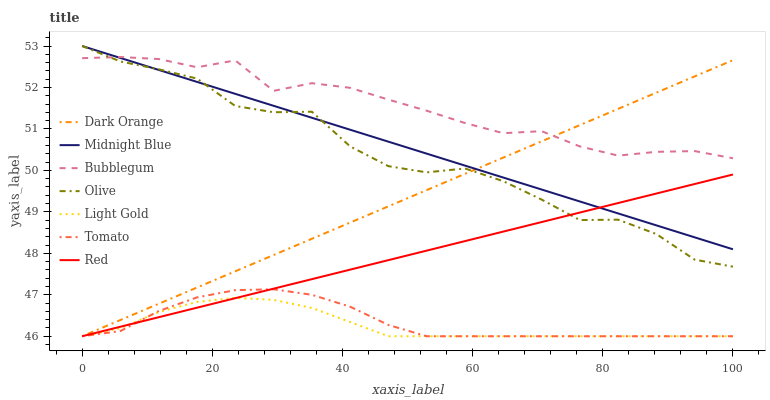
| xaxis_label | Dark Orange | Midnight Blue | Bubblegum | Olive | Light Gold | Tomato | Red |
 | --- | --- | --- | --- | --- | --- | --- | --- |
 | 0 | 46 | 53 | 52.7 | 53 | 46 | 46 | 46 |
 | 5.88 | 46.4 | 52.7 | 52.7 | 52.6 | 46.2 | 46.1 | 46.2 |
 | 11.8 | 46.8 | 52.4 | 52.7 | 52.4 | 46.6 | 46.6 | 46.5 |
 | 17.6 | 47.2 | 52.1 | 52.5 | 52.2 | 46.8 | 46.9 | 46.7 |
 | 23.5 | 47.6 | 51.8 | 52.7 | 51.6 | 46.9 | 47.1 | 46.9 |
 | 29.4 | 48 | 51.6 | 51.9 | 51.4 | 46.9 | 47.1 | 47.1 |
 | 35.3 | 48.4 | 51.3 | 52.1 | 51.4 | 46.7 | 47 | 47.4 |
 | 41.2 | 48.7 | 51 | 52 | 50.6 | 46.3 | 46.7 | 47.6 |
 | 47.1 | 49.1 | 50.7 | 51.7 | 50.1 | 46 | 46.3 | 47.8 |
 | 52.9 | 49.5 | 50.4 | 51.4 | 50 | 46 | 46 | 48.1 |
 | 58.8 | 49.9 | 50.1 | 51.1 | 50 | 46 | 46 | 48.3 |
 | 64.7 | 50.3 | 49.8 | 50.9 | 49.7 | 46 | 46 | 48.5 |
 | 70.6 | 50.7 | 49.5 | 50.9 | 49.3 | 46 | 46 | 48.8 |
 | 76.5 | 51.1 | 49.3 | 50.6 | 48.8 | 46 | 46 | 49 |
 | 82.4 | 51.5 | 49 | 50.4 | 48.8 | 46 | 46 | 49.2 |
 | 88.2 | 51.9 | 48.7 | 50.4 | 48.5 | 46 | 46 | 49.4 |
 | 94.1 | 52.3 | 48.4 | 50.5 | 47.8 | 46 | 46 | 49.7 |
 | 100 | 52.7 | 48.1 | 50.3 | 47.7 | 46 | 46 | 49.9 |